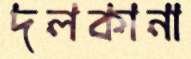
দলকানা